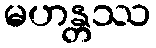
မဟန္တဿ